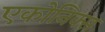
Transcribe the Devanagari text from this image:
एकोनिक्स